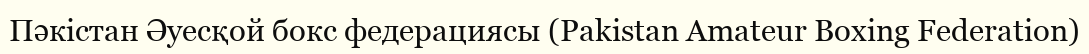
Пәкістан Әуесқой бокс федерациясы (Pakistan Amateur Boxing Federation)